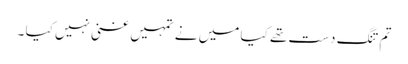
تم تنگ دست تھے کیا میں نے تمہیں غنی نہیں کیا ۔